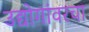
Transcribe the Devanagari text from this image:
उद्योगांवरचा